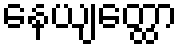
နေယျတ္ထော